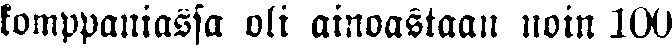
komppaniassa oli ainoastaan noin 100